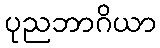
ပုညဘာဂိယာ